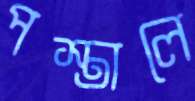
পস্তালে